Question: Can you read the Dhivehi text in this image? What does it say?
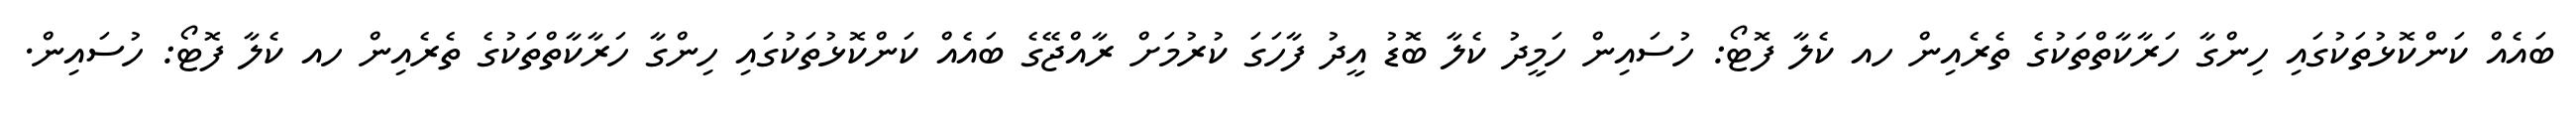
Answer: ބައެއް ކަންކޮޅުތަކުގައި ހިންގާ ހަރާކާތްތަކުގެ ތެރެއިން ހއ ކެލާ ފޮޓޯ: ހުސައިން ހަމީދު ކެލާ ބޮޑު އީދު ފާހަގަ ކުރުމަށް ރާއްޖޭގެ ބައެއް ކަންކޮޅުތަކުގައި ހިންގާ ހަރާކާތްތަކުގެ ތެރެއިން ހއ ކެލާ ފޮޓޯ: ހުސައިން.